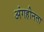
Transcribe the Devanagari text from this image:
अंगहीनता